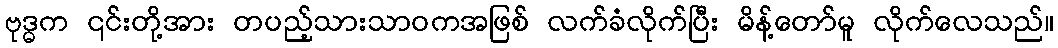
ဗုဒ္ဓက ၎င်းတို့အား တပည့်သားသာဝကအဖြစ် လက်ခံလိုက်ပြီး မိန့်တော်မူ လိုက်လေသည်။